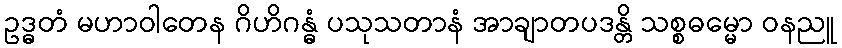
ဥဒ္ဓတံ မဟာဝါတေန ဂိဟိဂန္ဓံ ပသုသတာနံ အာချာတပဒန္တိ သစ္စဓမ္မော ဝနညူ